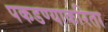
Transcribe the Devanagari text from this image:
पकडण्याकरिता